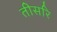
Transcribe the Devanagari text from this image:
तीसरि